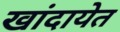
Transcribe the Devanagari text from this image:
खांदायेत